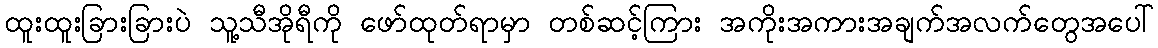
ထူးထူးခြားခြားပဲ သူ့သီအိုရီကို ဖော်ထုတ်ရာမှာ တစ်ဆင့်ကြား အကိုးအကားအချက်အလက်တွေအပေါ်